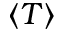
\left\langle T \right\rangle